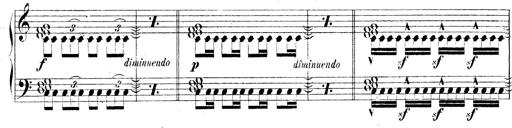
Title: Technische Studien
Composer: Franz Liszt